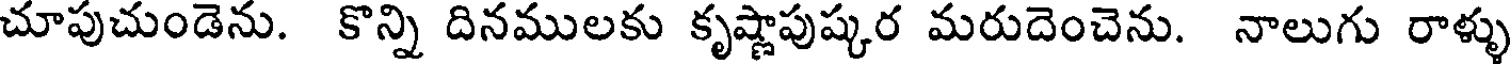
చూపుచుండెను. కొన్ని దినములకు కృష్ణాపుష్కర మరుదెంచెను. నాలుగు రాళ్ళు